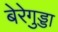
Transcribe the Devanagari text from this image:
बेरेगुड्डा